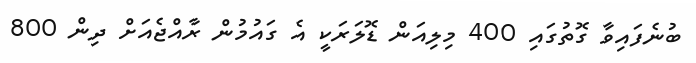
ބުނެފައިވާ ގޮތުގައި 400 މިލިއަން ޑޮލަރަކީ އެ ގައުމުން ރާއްޖެއަށް ދިން 800